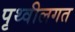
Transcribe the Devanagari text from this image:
पृथ्वीलगत